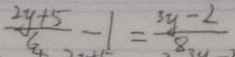
\frac { 2 y + 5 } { 6 } - 1 = \frac { 3 y - 2 } { 8 }